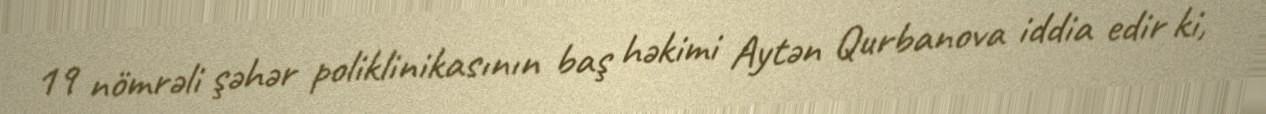
19 nömrəli şəhər poliklinikasının baş həkimi Aytən Qurbanova iddia edir ki,